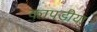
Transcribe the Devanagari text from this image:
कापडीया